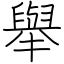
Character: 舉